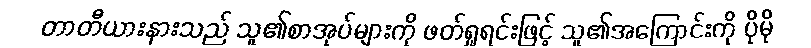
တာတီယားနားသည် သူ၏စာအုပ်များကို ဖတ်ရှုရင်းဖြင့် သူ၏အကြောင်းကို ပိုမို